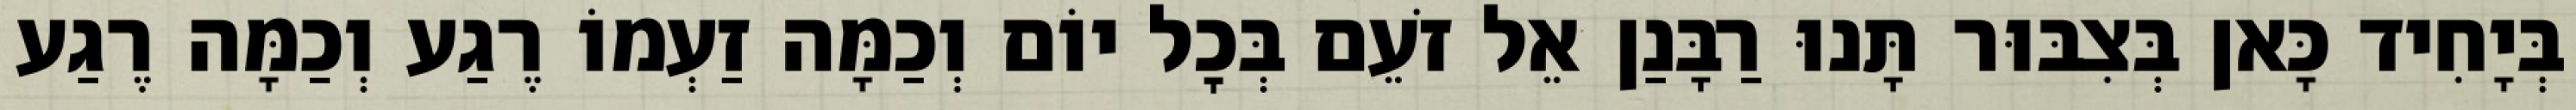
בְּיָחִיד כָּאן בְּצִבּוּר תָּנוּ רַבָּנַן אֵל זֹעֵם בְּכׇל יוֹם וְכַמָּה זַעְמוֹ רֶגַע וְכַמָּה רֶגַע